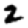
Digit: 2